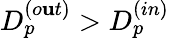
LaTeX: D_{p}^{(o\mathbf{u}t)}>D_{p}^{(in)}